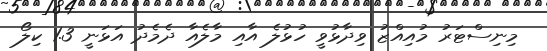
މިނިސްޓަރު މުއިއްޒު ވިދާޅުވީ ހުޅުލެ އާއި މާލެއާ ދެމެދު އަޅަނީ 1.3 ކިލޯ